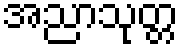
အညာသုတ္တ